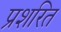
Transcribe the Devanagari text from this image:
प्रशरित